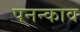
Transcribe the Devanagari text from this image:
पनन्काव